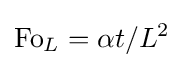
\mathrm {Fo} _{L}=\alpha t/L^{2}